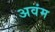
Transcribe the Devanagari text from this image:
अवंम